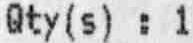
QTY(S) : 1